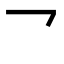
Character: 乛